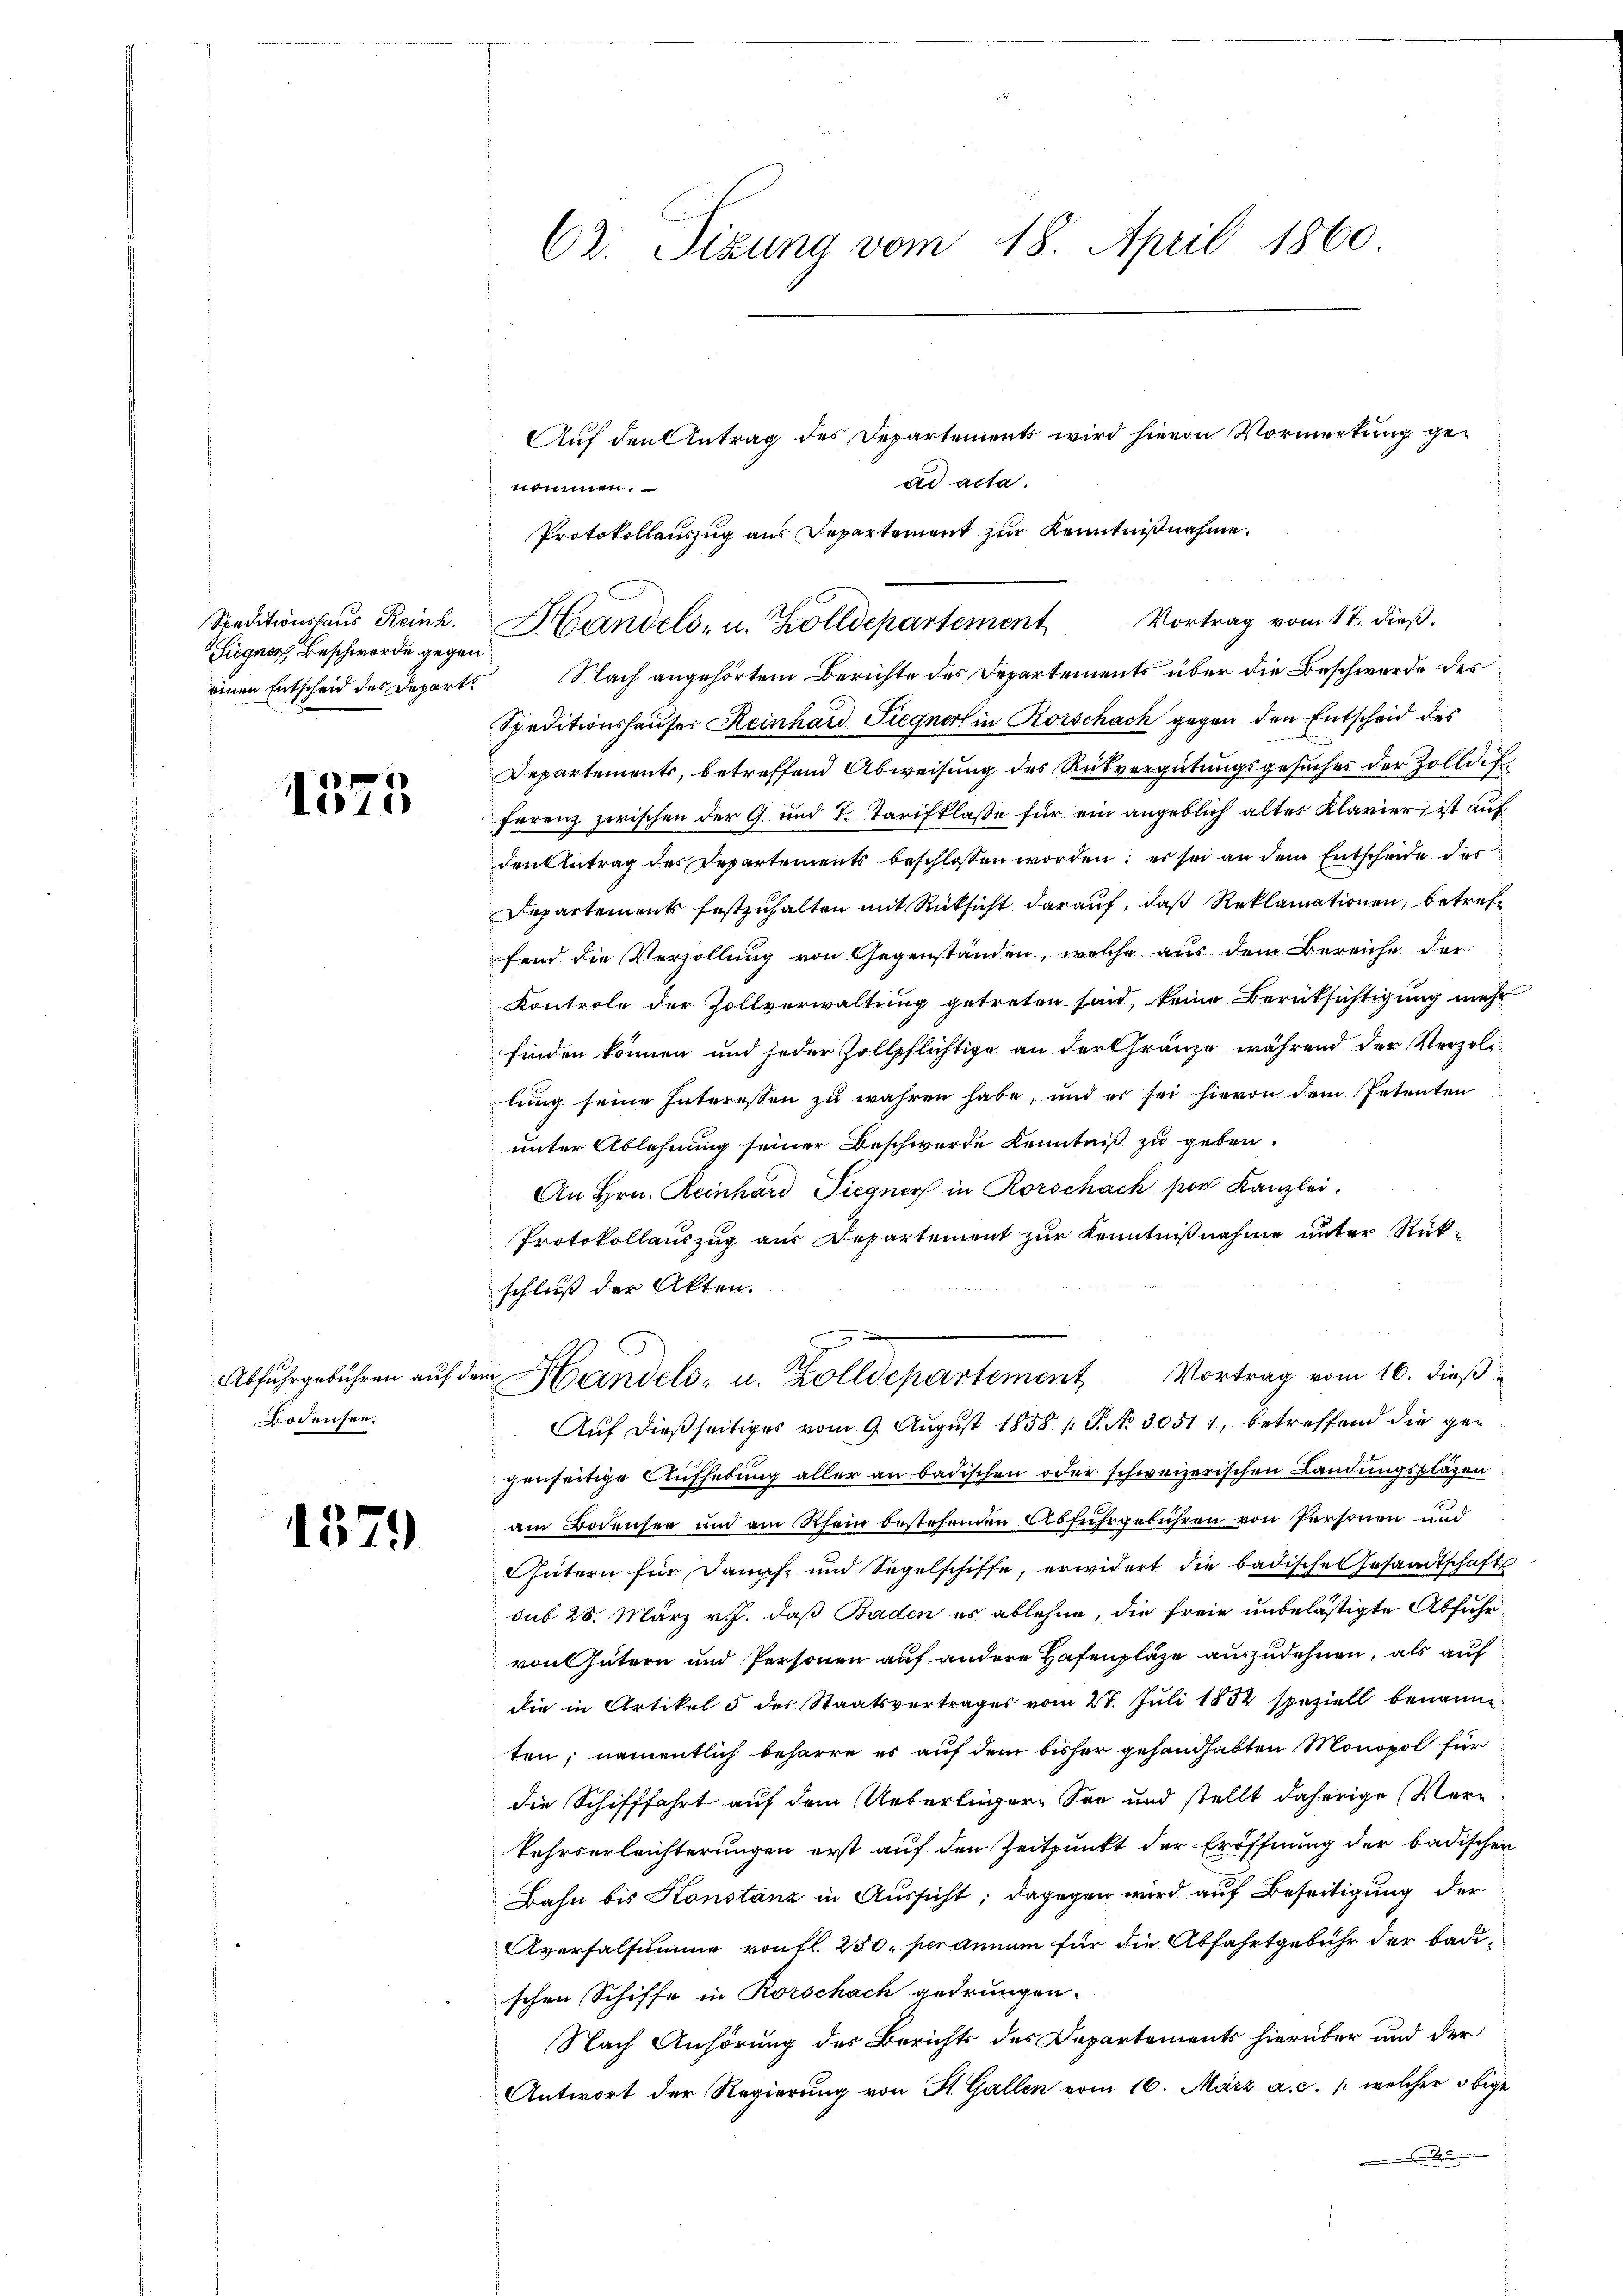
Liegner, Beschwerde gegen
einen Entscheid des Depart

1575

Abfuhrgebühren auf
Bodensee.

1379

62. Sizung vom 18. April 1860

Auf den Antrag des Departements wird hievon Vormerkung gead acta.
nommen.
Protokollauszug aus Departement zur Kenntnißnahme.

Nach angehörtem Berichte des Departements über die Beschwerde des
Speditionshauser Reinhard Siegner in Rorschach gegen den Entscheid des
Departements, betreffend Abweisung des Rückvergütungsgesuches der Zolldif
ferenz zwischen der G. und T. Tarifklasse für ein angeblich altes Klavier ist auf
den Antrag des Departements beschlossen worden; es sei an dem Entscheide des
Departement festzuhalten mit Rücksicht darauf, daß Reklamationen, betreff
fend die Verzollung von Gegenständen, welche aus dem Bereiche der
Kontrole der Zollverwaltung getreten sind, keine Berücksichtigung mehr
finden können und jeder Zollpflichtige an der Gränze während der Verzolilung seine Interessen zu währen habe, und er sei hievon dem Petenten
unter Ablehnung seiner Beschwerde Kenntniß zu geben.
An Hrn. Reinhard Liegner in Rorschach per Kanzlei.
Protokollauszug aus Departement zur Kenntnißnahme unter Rück-
schluß der Akten.
Auf dießseitiges vom 9. August 1858 / P. Nr. 30511, betreffend die gegenseitige Aufhebung aller an badischen oder schweizerischen Landungspläzen
am Bodensee und am Rhein bestehenden Abfuhrgebühren von Personen und
Gütern für Dampf und Segelschiffe, erwidert die badische Gesandtschafts
sub 25. März v. J. daß Baden es ablehne, die freie unbelästigte Abfuhrvon Gütern und Personen auf andere Hafenplaze auszudehnen, als auf
die in Artikel 5 der Staatsvertrages vom 27. Juli 1852 speziell benannten; namentlich beharre es auf dem bisher gehandhabten Monopol für
die Schifffahrt auf dem Ueberlegere See und stellt daherige Verkehrserleichterungen erst auf den Zeitpunkt der Eröffnung der badischen
Bahn bis Konstanz in Aussicht; dagegen wird auf Beseitigung der
Aversalsumme von fl. 250. per annum für die Abfahrtgebühr der Badi-
schen Schiffe in Rorschach gedrungen.
Nach Anhörung des Berichts des Departements hierüber und der
Antwort der Regierung von St. Gallen vom 16. März a. c. /: welcher obige

Speditionshaŭs Reinh. Handels- u. Zolldepartement Vortrag vom 17. dieβ.

u Handels- u. Zolldepartement, Vortrag vom 10. dieß